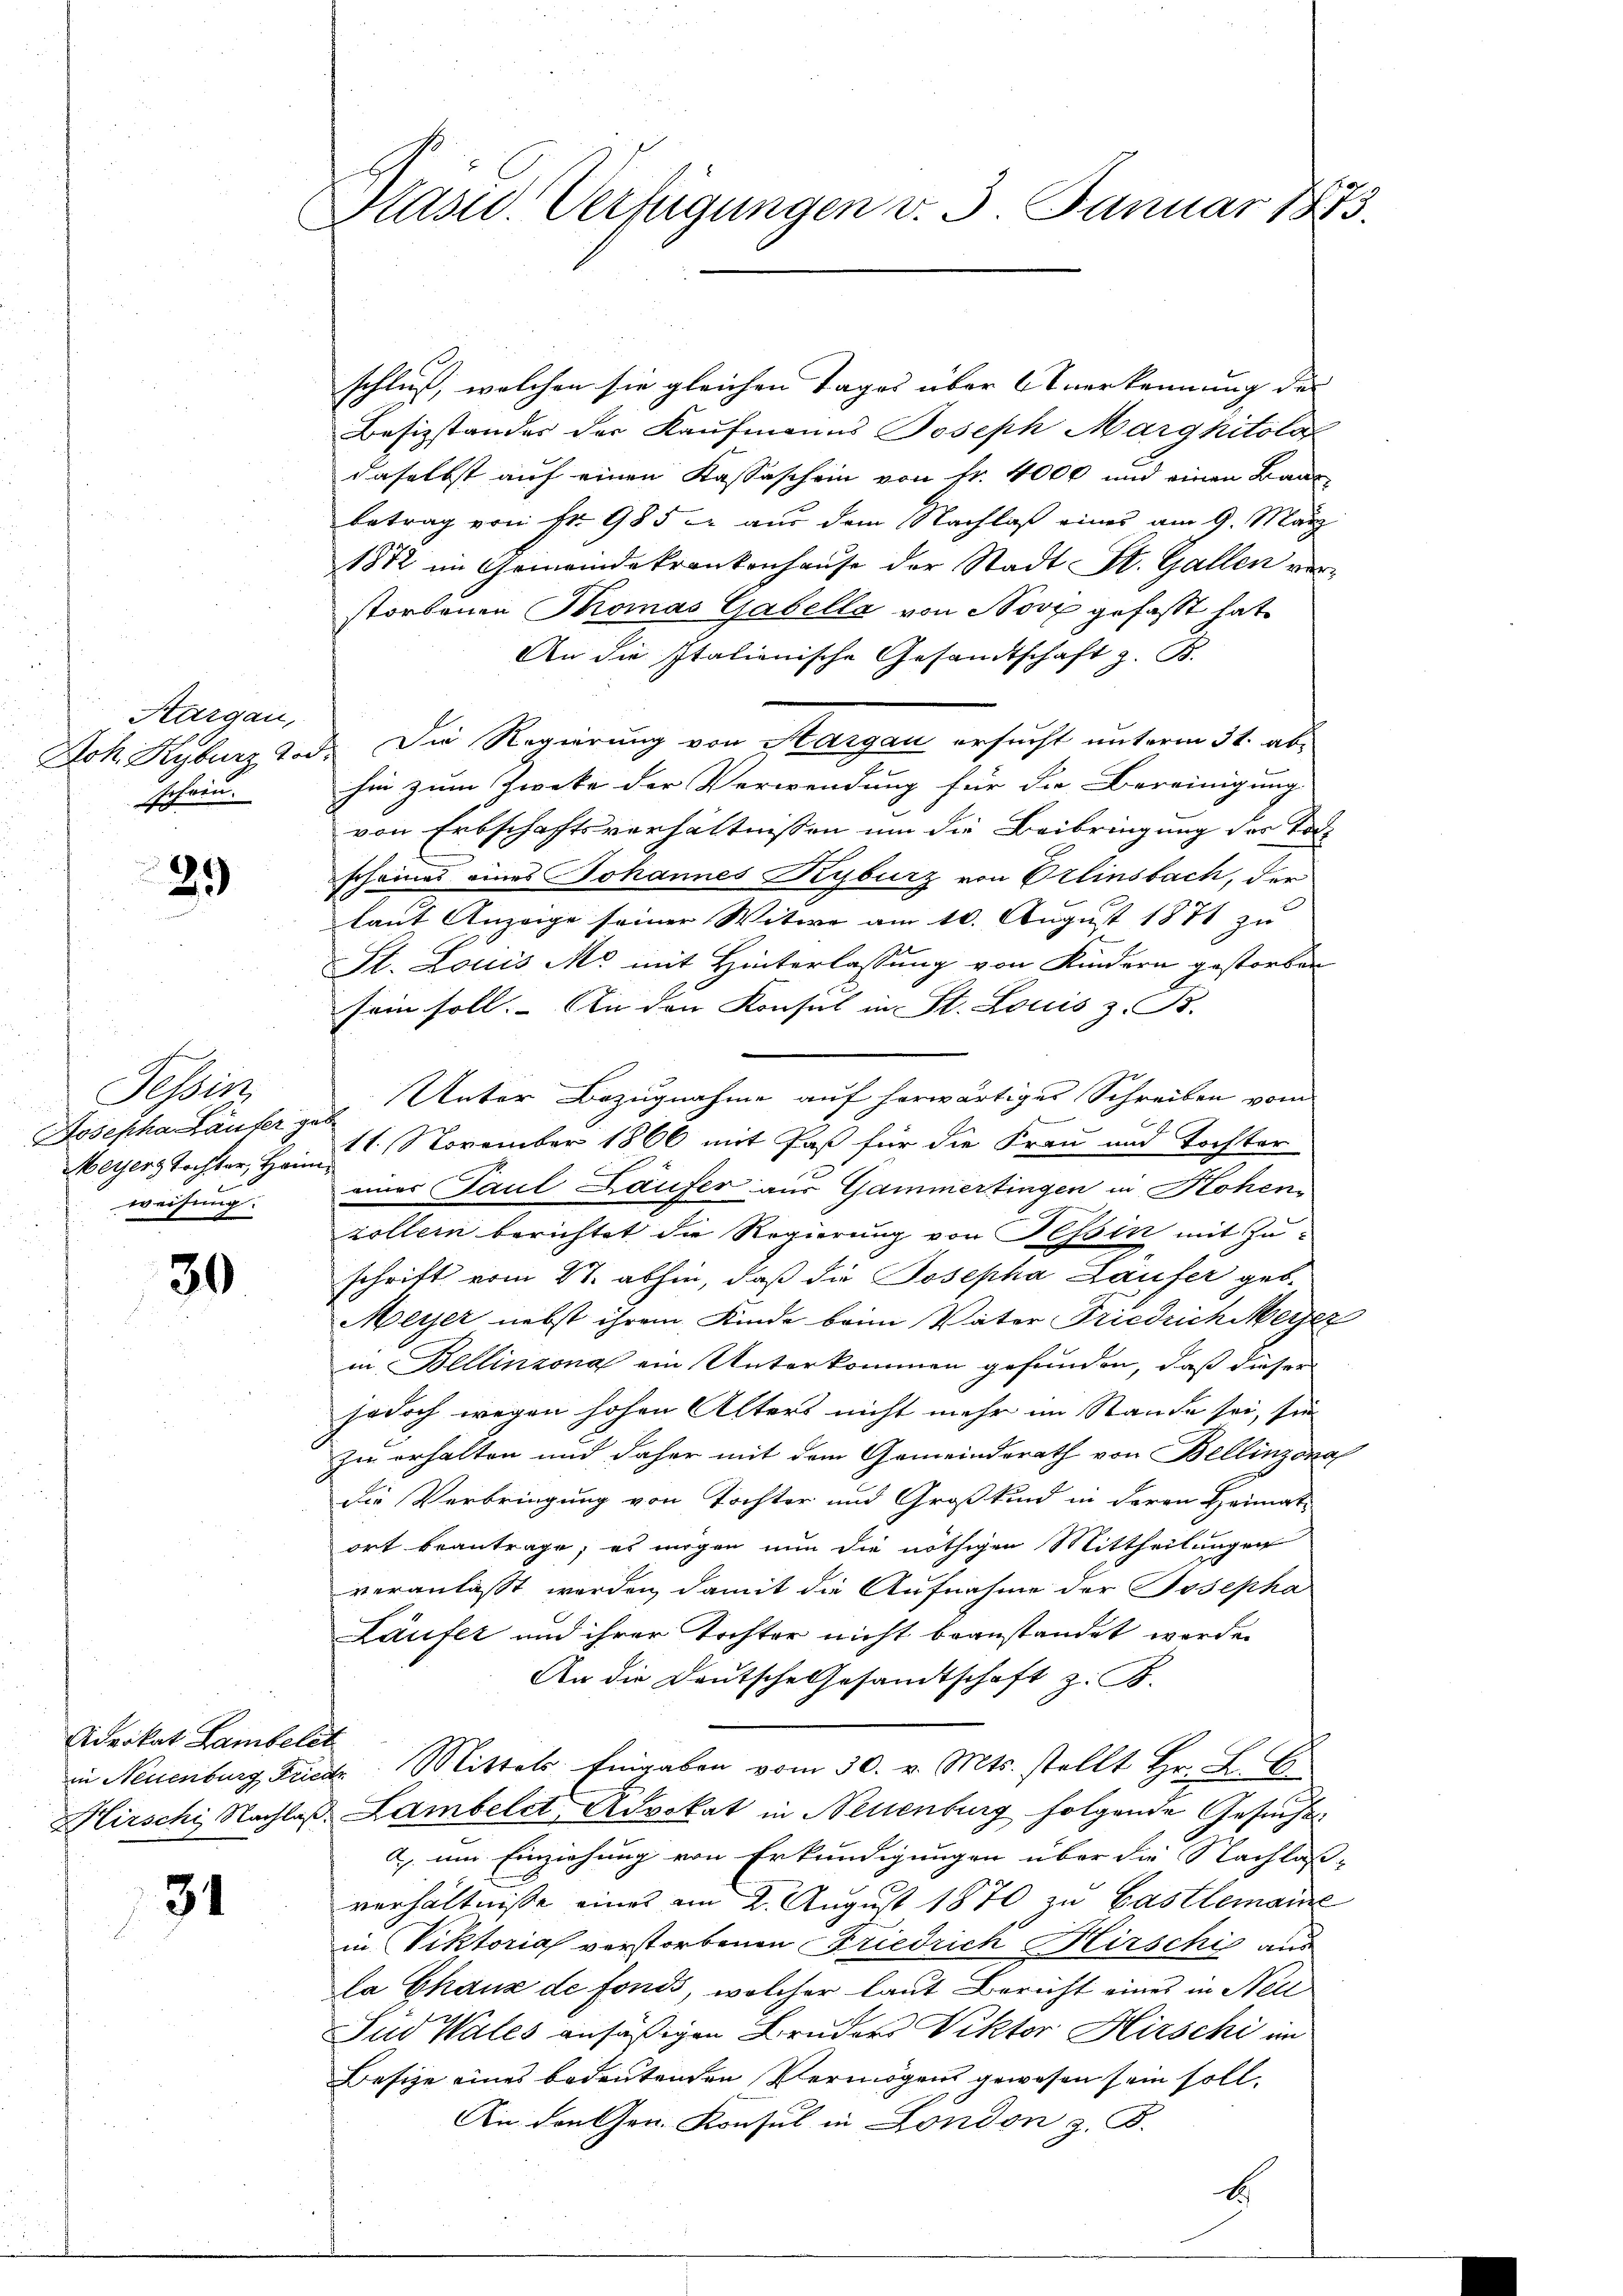
Thurgau,
schein.

29)

Tessin
Meyer, Tochter, Heim
weisung.

30

schluß, welchen sie gleichen Tages über Anerkennung der
Besizstandes der Kaufmanns Joseph Margkitolo
daselbst auf einen Kassaschein von fr. 4000 und einen Baus
betrag von Fr. 985 aus dem Nachlaß eines am 9. März
1872 im Gemeindekrankenhause der Stadt St. Gallen verstorbenen Thomas Gabella von Norz gefaßt hat
An die Italienische Gesandtschaft z. B.
Joh Kyburg Tod. Die Regierung von Sargau ersucht unterm 31. abhin zum Zwecke der Verwendung für die Bereinigung
von Erbschaftsverhältnissen um die Beibringung des Tod
scheines eines Johannes Kyburz von Erlinsbach, der
laut Anzeige seiner Witwe am 10. August 1871 zu
St. Louis Mo mit Hinterlassung von Kindern gestorben
sein soll. An den Konsul in St. Louis z. B.

11. November 1866 mit Paß für die Frau und Tochter
einer Paul Läufer aus Gammertingen in Hohen
zöllern berichtet die Regierung von Tessin mit Zuschrift vom 27. abhin, daß die Josepha Laufer geb.
Meyer nebst ihrem Kinde beim Vater Friedrich Meyer
in Bellinzona ein Unterkommen gefunden, daß dieser
jodoch wegen hohen Alters nicht mehr im Stande sei, sie
zu erhalten und daher mit dem Gemeinderath von Bellinzona
die Verbringung von Tochter und Großkind in Herrn Heimat-
ort beantrage, es mögen nun die nöthigen Mittheilungen
veranlasst werden, damit die Aufnahme der Josepha
Läufer und ihrer Tochter nicht beanstandet werde.
An die Deutsche Gesamtschaft z. B.
in Neuenburg Friede Mittels Eingaben vom 30. v. Mts. stellt Hr. L. E
Hirschi Nachlaß Lambeld, Advokat in Neuenburg folgende Gesuch
a um Einziehung von Erkundigungen über die Nachlas-
verhältnisse eines am 2. August 1870 zu Castlemanne
in Viktorial verstorbenen Friedrich Hirschi aus
la Chaux de fonds, welcher laut Bericht eines in Nell
Sud Wales ansäßigen Bruders Viktor Hirschi im
Besize eines bedeutenden Vermögens gewesen sein soll.
An den Gen. Konsul in London z. B.
1

Advokat Lambelet

31

Plast. Verfügungen v. 3. Januar 1873.

Josepha Läufer Unter Bezugnahme auf herwärtiger Schreiben vom